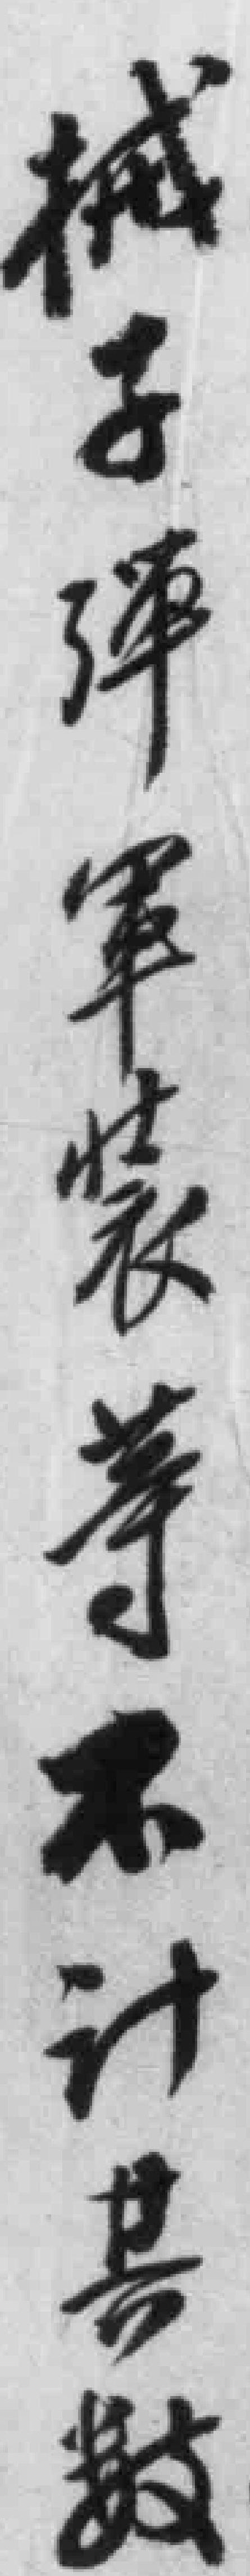
械子弹軍装等不计其数